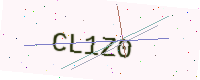
Text: CL1Z0